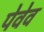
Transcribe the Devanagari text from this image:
पेवेव